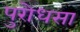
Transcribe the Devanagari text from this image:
पुरोधसा